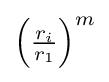
{\textstyle \left({\frac {r_{i}}{r_{1}}}\right)^{m}}